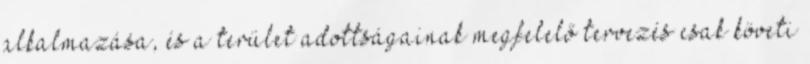
alkalmazása, és a terület adottságainak megfelelő tervezés csak követi